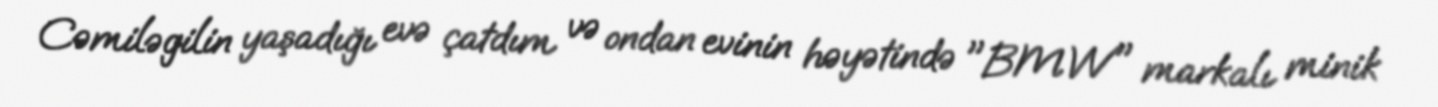
Cəmiləgilin yaşadığı evə çatdım və ondan evinin həyətində "BMW" markalı minik